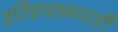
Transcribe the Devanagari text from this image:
इतिहासकारही